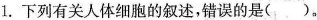
1.下列有关人体细胞的叙述，错误的是()。